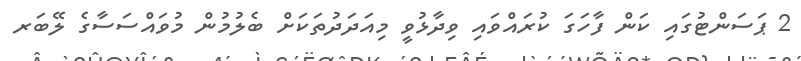
2 ޕަސަންޓުގައި ކަން ފާހަގަ ކުރައްވައި ވިދާޅުވީ މިއަދަދުތަކަށް ބެލުމުން މުވައްސަސާގެ ލޭބަރ